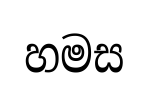
හමස